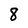
Character: 8